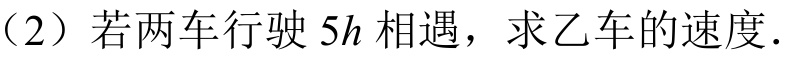
（2）若两车行驶\(5h\)相遇，求乙车的速度.